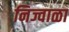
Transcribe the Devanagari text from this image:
निज्वाळा